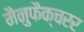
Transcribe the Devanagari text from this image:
मैनुफैक्चरर